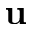
\mathbf { u }